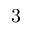
3